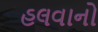
હલવાનો